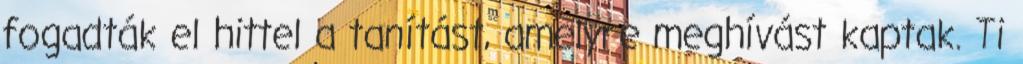
fogadták el hittel a tanítást, amelyre meghívást kaptak. Ti